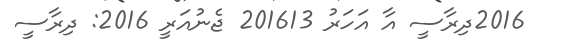
2016ދިރާސީ އާ އަހަރު 201613 ޖެނުއަރީ 2016: ދިރާސީ